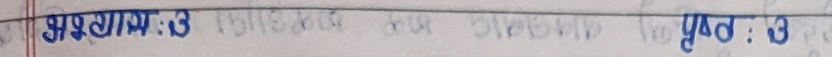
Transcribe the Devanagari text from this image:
अध्याय :3 पृष्ट :3